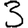
Digit: 3